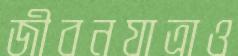
জীবনযাত্রাও